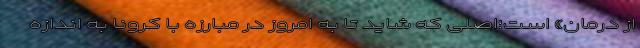
از درمان» است؛اصلی که شاید تا به امروز در مبارزه با کرونا به اندازه